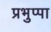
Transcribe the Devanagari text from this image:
प्रभुप्पा